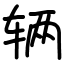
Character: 辆